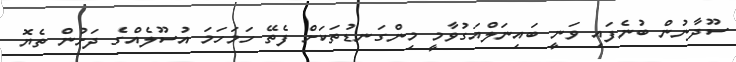
ސޫދާނުން ބުނެފައި ވަނީ ބައިނަލްއަގުވާމީ މިންގަނޑުތަކަށް ފެތޭ ހަމަހަމަ އުސޫލެއްގެ ދަށުން ތެޔޮ